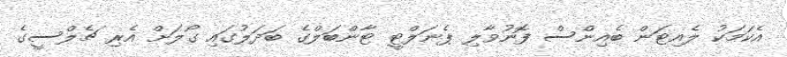
އެކަމަކު ލެއިޓަން ބެއިންސް ފޮނުވާލި ޕެނަލްޓީ ޓާންބަލްގެ ބަދަލުގައި ގޯލަށް އެރި ޗެލްސީގެ